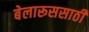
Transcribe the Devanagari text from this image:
बेलारूससाठी